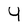
Character: 4